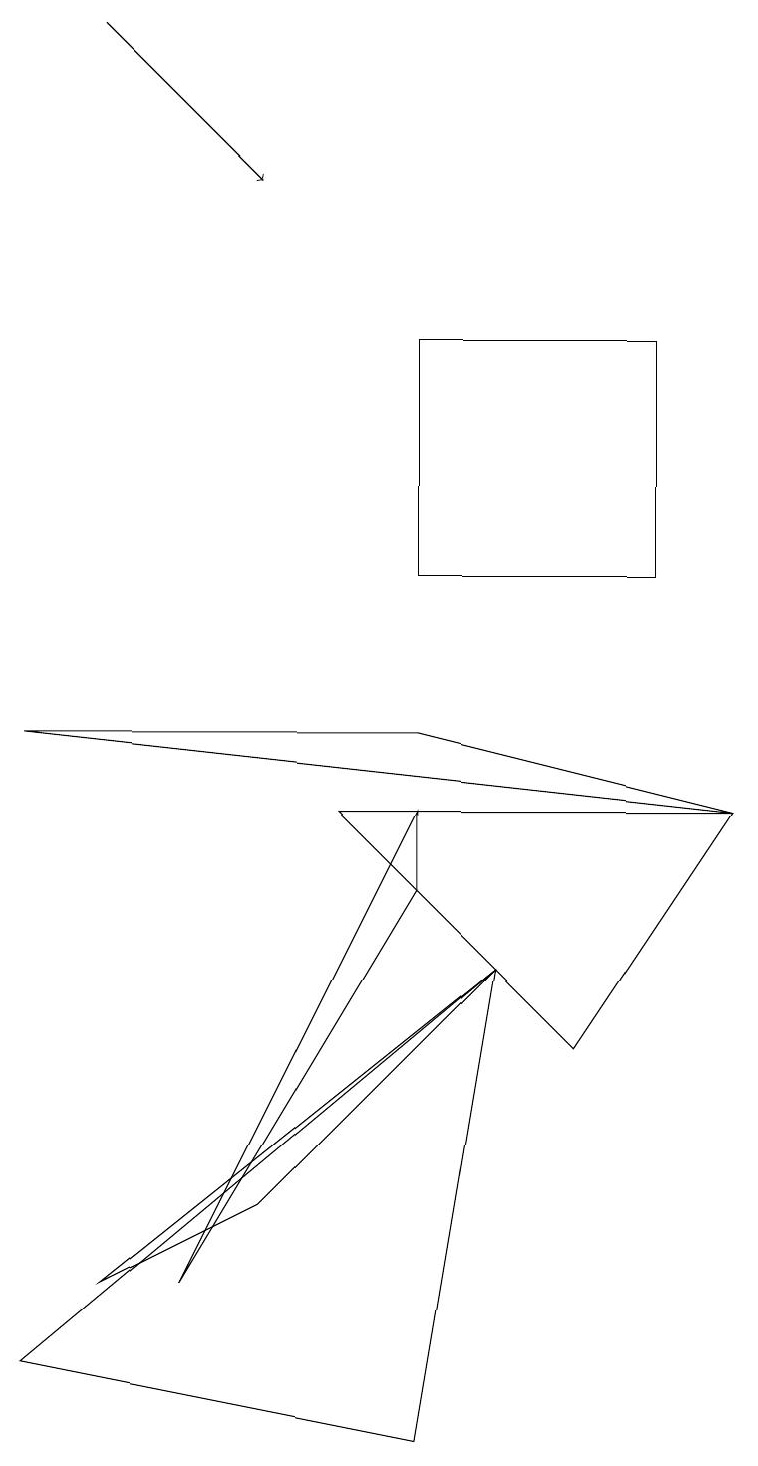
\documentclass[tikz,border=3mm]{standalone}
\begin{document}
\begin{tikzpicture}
\draw[->] (1,18) -- (3,16);
\draw (9,8) -- (4,8) -- (7,5) -- cycle;
\draw (3,3) -- (6,6) -- (1,2) -- cycle;
\draw (5,0) -- (6,6) -- (0,1) -- cycle;
\draw (8,14) rectangle (5,11);
\draw (5,9) -- (0,9) -- (9,8) -- cycle;
\draw (5,8) -- (2,2) -- (5,7) -- cycle;
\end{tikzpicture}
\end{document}